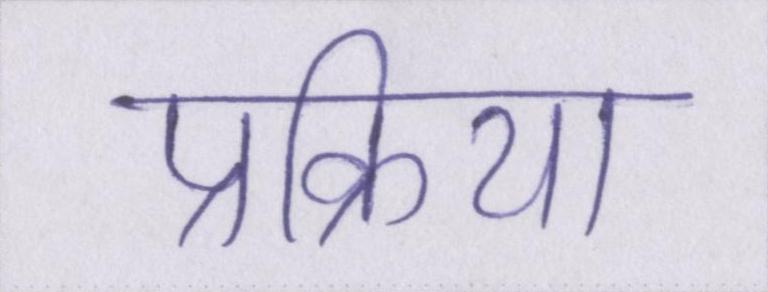
प्रक्रिया